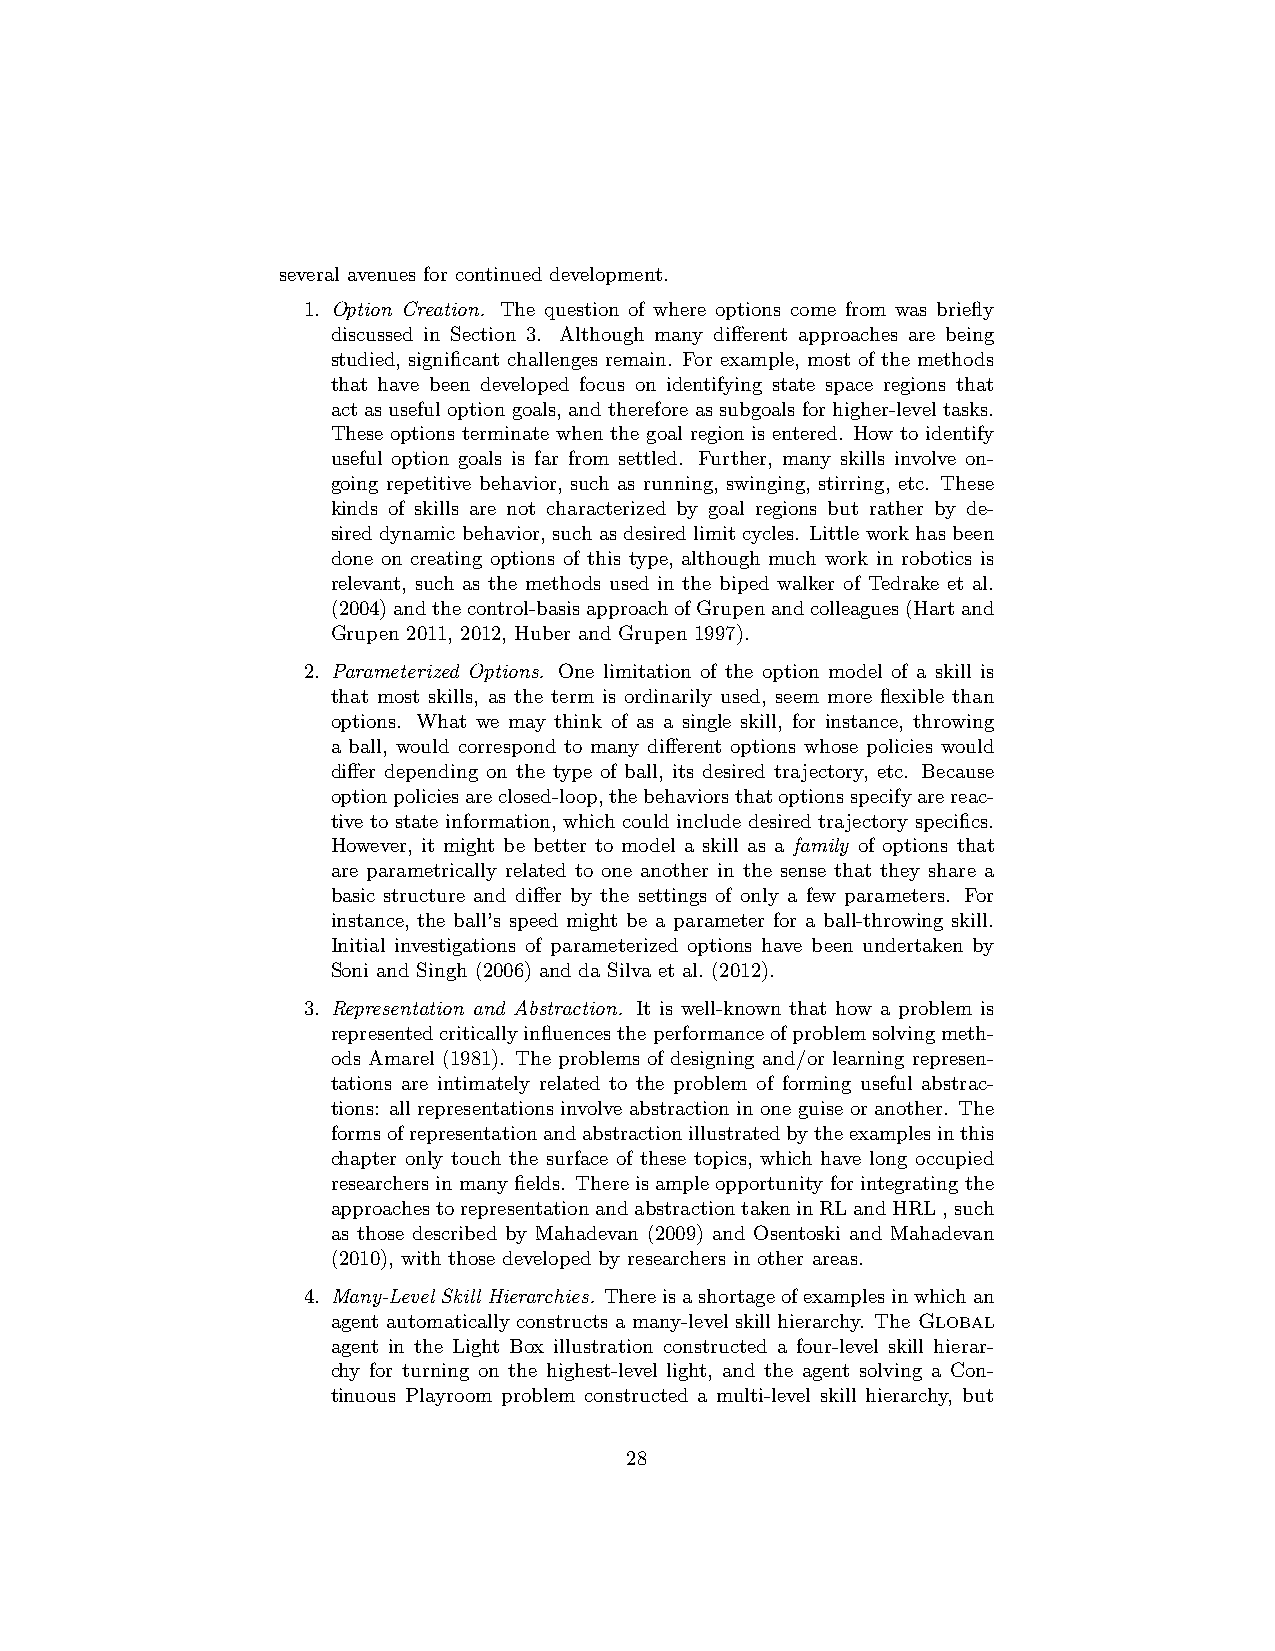
several avenues for continued development.
 1. Option Creation. The question of where options come from was briefly
 discussed in Section 3. Although many different approaches are being
 studied, significant challenges remain. For example, most of the methods
 that have been developed focus on identifying state space regions that
 actasusefuloptiongoals, andthereforeassubgoalsforhigher-leveltasks.
 These options terminate when the goal region is entered. How to identify
 useful option goals is far from settled. Further, many skills involve on-
 going repetitive behavior, such as running, swinging, stirring, etc. These
 kinds of skills are not characterized by goal regions but rather by de-
 sired dynamic behavior, such as desired limit cycles. Little work has been
 done on creating options of this type, although much work in robotics is
 relevant, such as the methods used in the biped walker of Tedrake et al.
 (2004)andthecontrol-basisapproachofGrupenandcolleagues(Hartand
 Grupen 2011, 2012, Huber and Grupen 1997).
 2. Parameterized Options. One limitation of the option model of a skill is
 that most skills, as the term is ordinarily used, seem more flexible than
 options. What we may think of as a single skill, for instance, throwing
 a ball, would correspond to many different options whose policies would
 differ depending on the type of ball, its desired trajectory, etc. Because
 optionpoliciesareclosed-loop,thebehaviorsthatoptionsspecifyarereac-
 tive to state information, which could include desired trajectory specifics.
 However, it might be better to model a skill as a family of options that
 are parametrically related to one another in the sense that they share a
 basic structure and differ by the settings of only a few parameters. For
 instance, the ball’s speed might be a parameter for a ball-throwing skill.
 Initial investigations of parameterized options have been undertaken by
 Soni and Singh (2006) and da Silva et al. (2012).
 3. Representation and Abstraction. It is well-known that how a problem is
 representedcriticallyinfluencestheperformanceofproblemsolvingmeth-
 ods Amarel (1981). The problems of designing and/or learning represen-
 tations are intimately related to the problem of forming useful abstrac-
 tions: all representations involve abstraction in one guise or another. The
 formsofrepresentationandabstractionillustratedbytheexamplesinthis
 chapter only touch the surface of these topics, which have long occupied
 researchersinmanyfields. Thereisampleopportunityforintegratingthe
 approachestorepresentationandabstractiontakeninRLandHRL,such
 as those described by Mahadevan (2009) and Osentoski and Mahadevan
 (2010), with those developed by researchers in other areas.
 4. Many-Level Skill Hierarchies. Thereisashortageofexamplesinwhichan
 agent automatically constructs a many-level skill hierarchy. The Global
 agent in the Light Box illustration constructed a four-level skill hierar-
 chy for turning on the highest-level light, and the agent solving a Con-
 tinuous Playroom problem constructed a multi-level skill hierarchy, but
 28